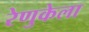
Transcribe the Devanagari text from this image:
रेणुकेला